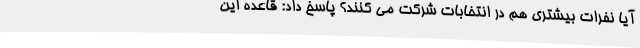
آیا نفرات بیشتری هم در انتخابات شرکت می کنند؟ پاسخ داد: قاعده این